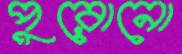
পুরোনো